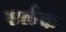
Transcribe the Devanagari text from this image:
एर्लक